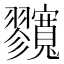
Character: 𡬘